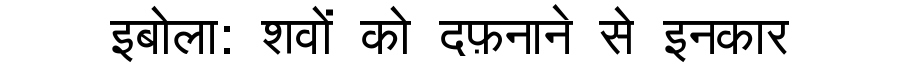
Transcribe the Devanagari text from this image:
इबोला: शवों को दफ़नाने से इनकार